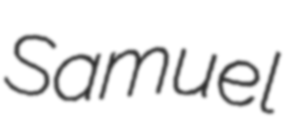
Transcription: Samuel